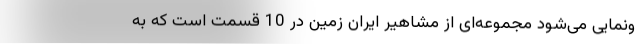
ونمایی می‌شود مجموعه‌ای از مشاهیر ایران زمین در 10 قسمت است که به